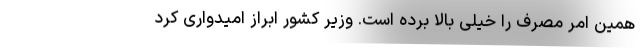
همین امر مصرف را خیلی بالا برده است. وزیر کشور ابراز امیدواری کرد